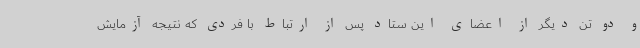
و دو تن دیگر از اعضای این ستاد پس از ارتباط با فردی که نتیجه آزمایش